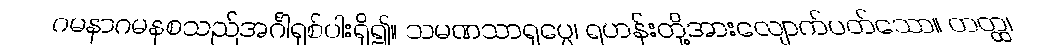
ဂမနာဂမနစသည်အင်္ဂါရှစ်ပါးရှိ၍။ သမဏသာရုပ္ပေ၊ ရဟန်းတို့အားလျောက်ပတ်သော။ တတ္ထ၊